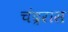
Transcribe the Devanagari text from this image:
चंद्ररास